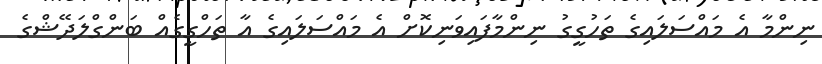
ނިންމާ އެ މައްސަލައިގެ ތަހުގީގު ނިންމާފައިވަނިކޮށް އެ މައްސަލައިގެ އާ ތަހްގީގެއް ބަންގްލަދޭޝްގެ